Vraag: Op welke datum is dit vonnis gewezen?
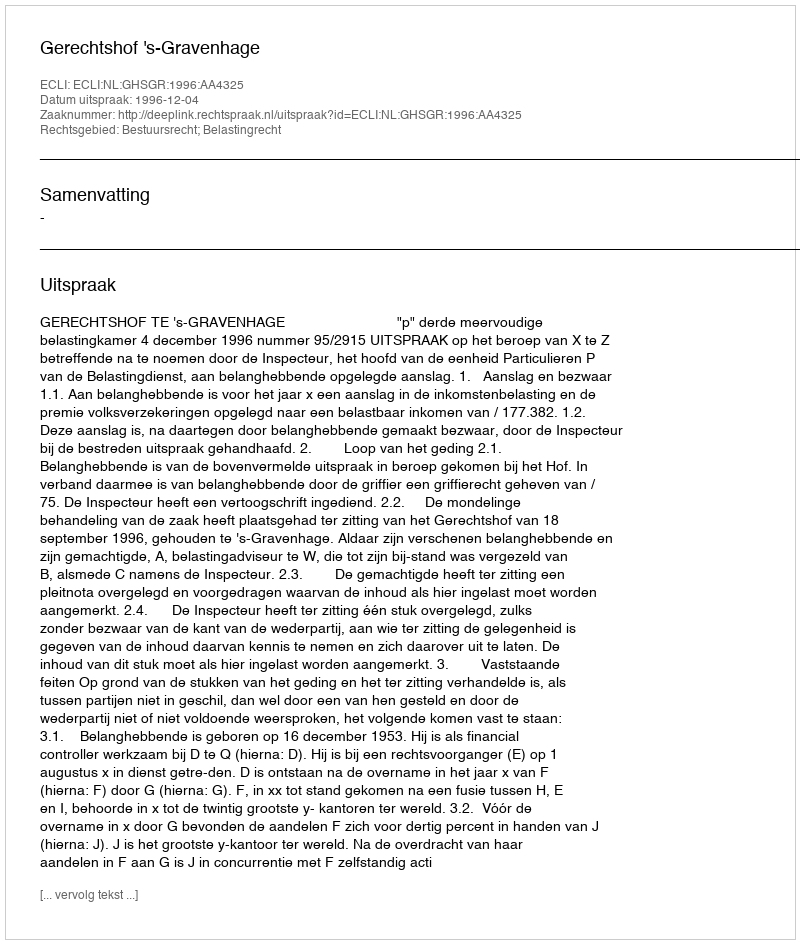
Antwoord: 1996-12-04